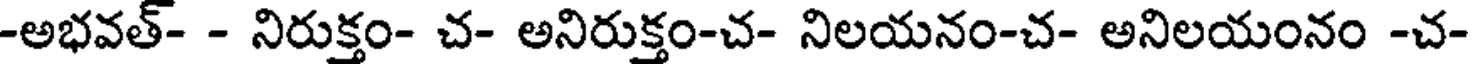
-అభవత్- - నిరుక్తం- చ- అనిరుక్తం-చ- నిలయనం-చ- అనిలయంనం -చ-